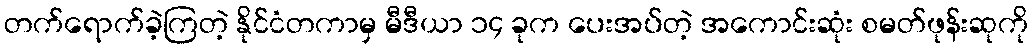
တက်ရောက်ခဲ့ကြတဲ့ နိုင်ငံတကာမှ မီဒီယာ ၁၄ ခုက ပေးအပ်တဲ့ အကောင်းဆုံး စမတ်ဖုန်းဆုကို